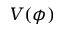
V ( \phi )